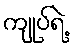
ကျုပ်ရဲ့